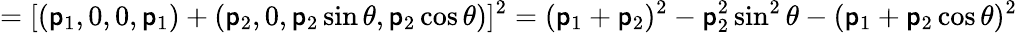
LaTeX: =[(\mathsf{p}_{1},0,0,\mathsf{p}_{1})+(\mathsf{p}_{2},0,\mathsf{p}_{2}\sin\theta,\mathsf{p}_{2}\cos\theta)]^{2}=(\mathsf{p}_{1}+\mathsf{p}_{2})^{2}-\mathsf{p}_{2}^{2}\sin^{2}\theta-(\mathsf{p}_{1}+\mathsf{p}_{2}\cos\theta)^{2}